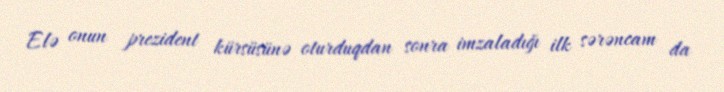
Elə onun prezident kürsüsünə oturduqdan sonra imzaladığı ilk sərəncam da